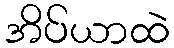
အိပ်ယာထဲ